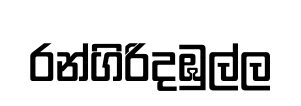
රන්ගිරිදඹුල්ල